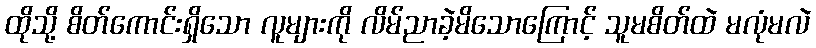
ထိုသို့ စိတ်ကောင်းရှိသော လူများကို လိမ်ညာခဲ့မိသောကြောင့် သူမစိတ်ထဲ မလုံမလဲ